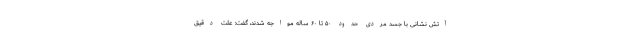
آتش نشانی با جسد مردی حدود ۵۰ تا ۶۰ ساله مواجه شدند، گفت: علت دقیق